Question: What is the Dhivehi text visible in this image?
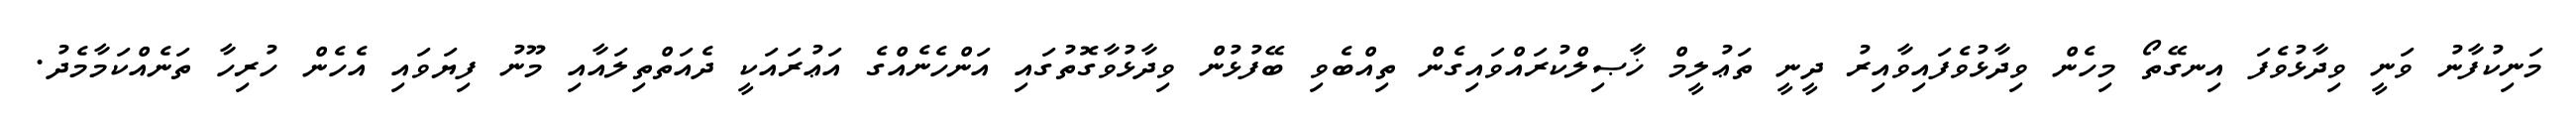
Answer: މަނިކުފާނު ވަނީ ވިދާޅުވެފަ އިނގޭތޯ މިހެން ވިދާޅުވެފައިވާއިރު ދީނީ ތަޢުލީމް ޚާޞިލްކުރައްވައިގެން ތިއްބެވި ބޭފުޅުން ވިދާޅުވާގޮތުގައި އަންހެނެއްގެ އަޢުރައަކީ ދެއަތްތިލައާއި މޫނު ފިޔަވައި އެހެން ހުރިހާ ތަނެއްކަމާމެދު.